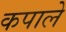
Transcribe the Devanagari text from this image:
कपाले